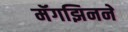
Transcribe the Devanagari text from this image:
मॅगझिनने